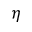
\eta